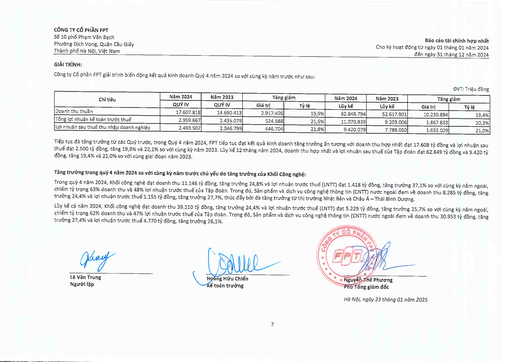
|Chỉ tiêu|Năm 2024|Năm 2023|Tăng|giảm|Năm 2024|Năm 2023|Tăng|giảm| |---|---|---|---|---|---|---|---|---| ||QUÝ IV|QUÝ IV|Giá trị|Tỷ lệ|Lũy kế|Lũy kế|Giá trị|Tỷ lệ| |Doanh thu thuần|17.607.818|14.690.413|2.917.405|19,9%|62.848.794|52.617.901|10.230.894|19,4%| |Tổng lợi nhuận kế toán trước thuế|2.959.667|2.435.079|524.588|21,5%|11.070.839|9.203.006|1.867.833|20,3%| |Lợi nhuận sau thuế thu nhập doanh nghiệp|2.493.502|2.046.799|446.704|21,8%|9.420.079|7.788.050|1.632.029|21,0%|